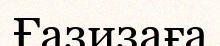
Ғазизаға